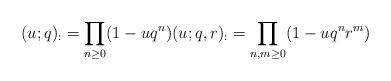
LaTeX: \begin{align*}(u; q)_ := \prod_{n \geq 0} (1 - u q^n) (u; q, r)_ := \prod_{n, m \geq 0} (1 - u q^n r^m)\end{align*}